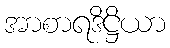
အာစာရဒိဋ္ဌိယာ